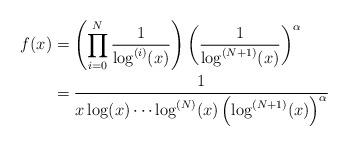
LaTeX: \begin{align*}f(x) &= \left(\prod_{i = 0}^N \frac{1}{\log^{(i)}(x)}\right)\left(\frac{1}{\log^{(N + 1)}(x)}\right)^\alpha\\&= \frac{1}{x\log(x)\cdots \log^{(N)}(x) \left(\log^{(N + 1)}(x)\right)^\alpha}\end{align*}